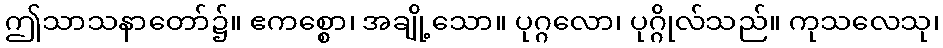
ဤသာသနာတော်၌။ ဧကစ္စော၊ အချို့သော။ ပုဂ္ဂလော၊ ပုဂ္ဂိုလ်သည်။ ကုသလေသု၊